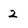
Character: 2